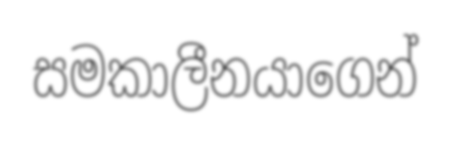
සමකාලීනයාගෙන්